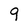
Character: 9